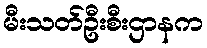
မီးသတ်ဦးစီးဌာနက